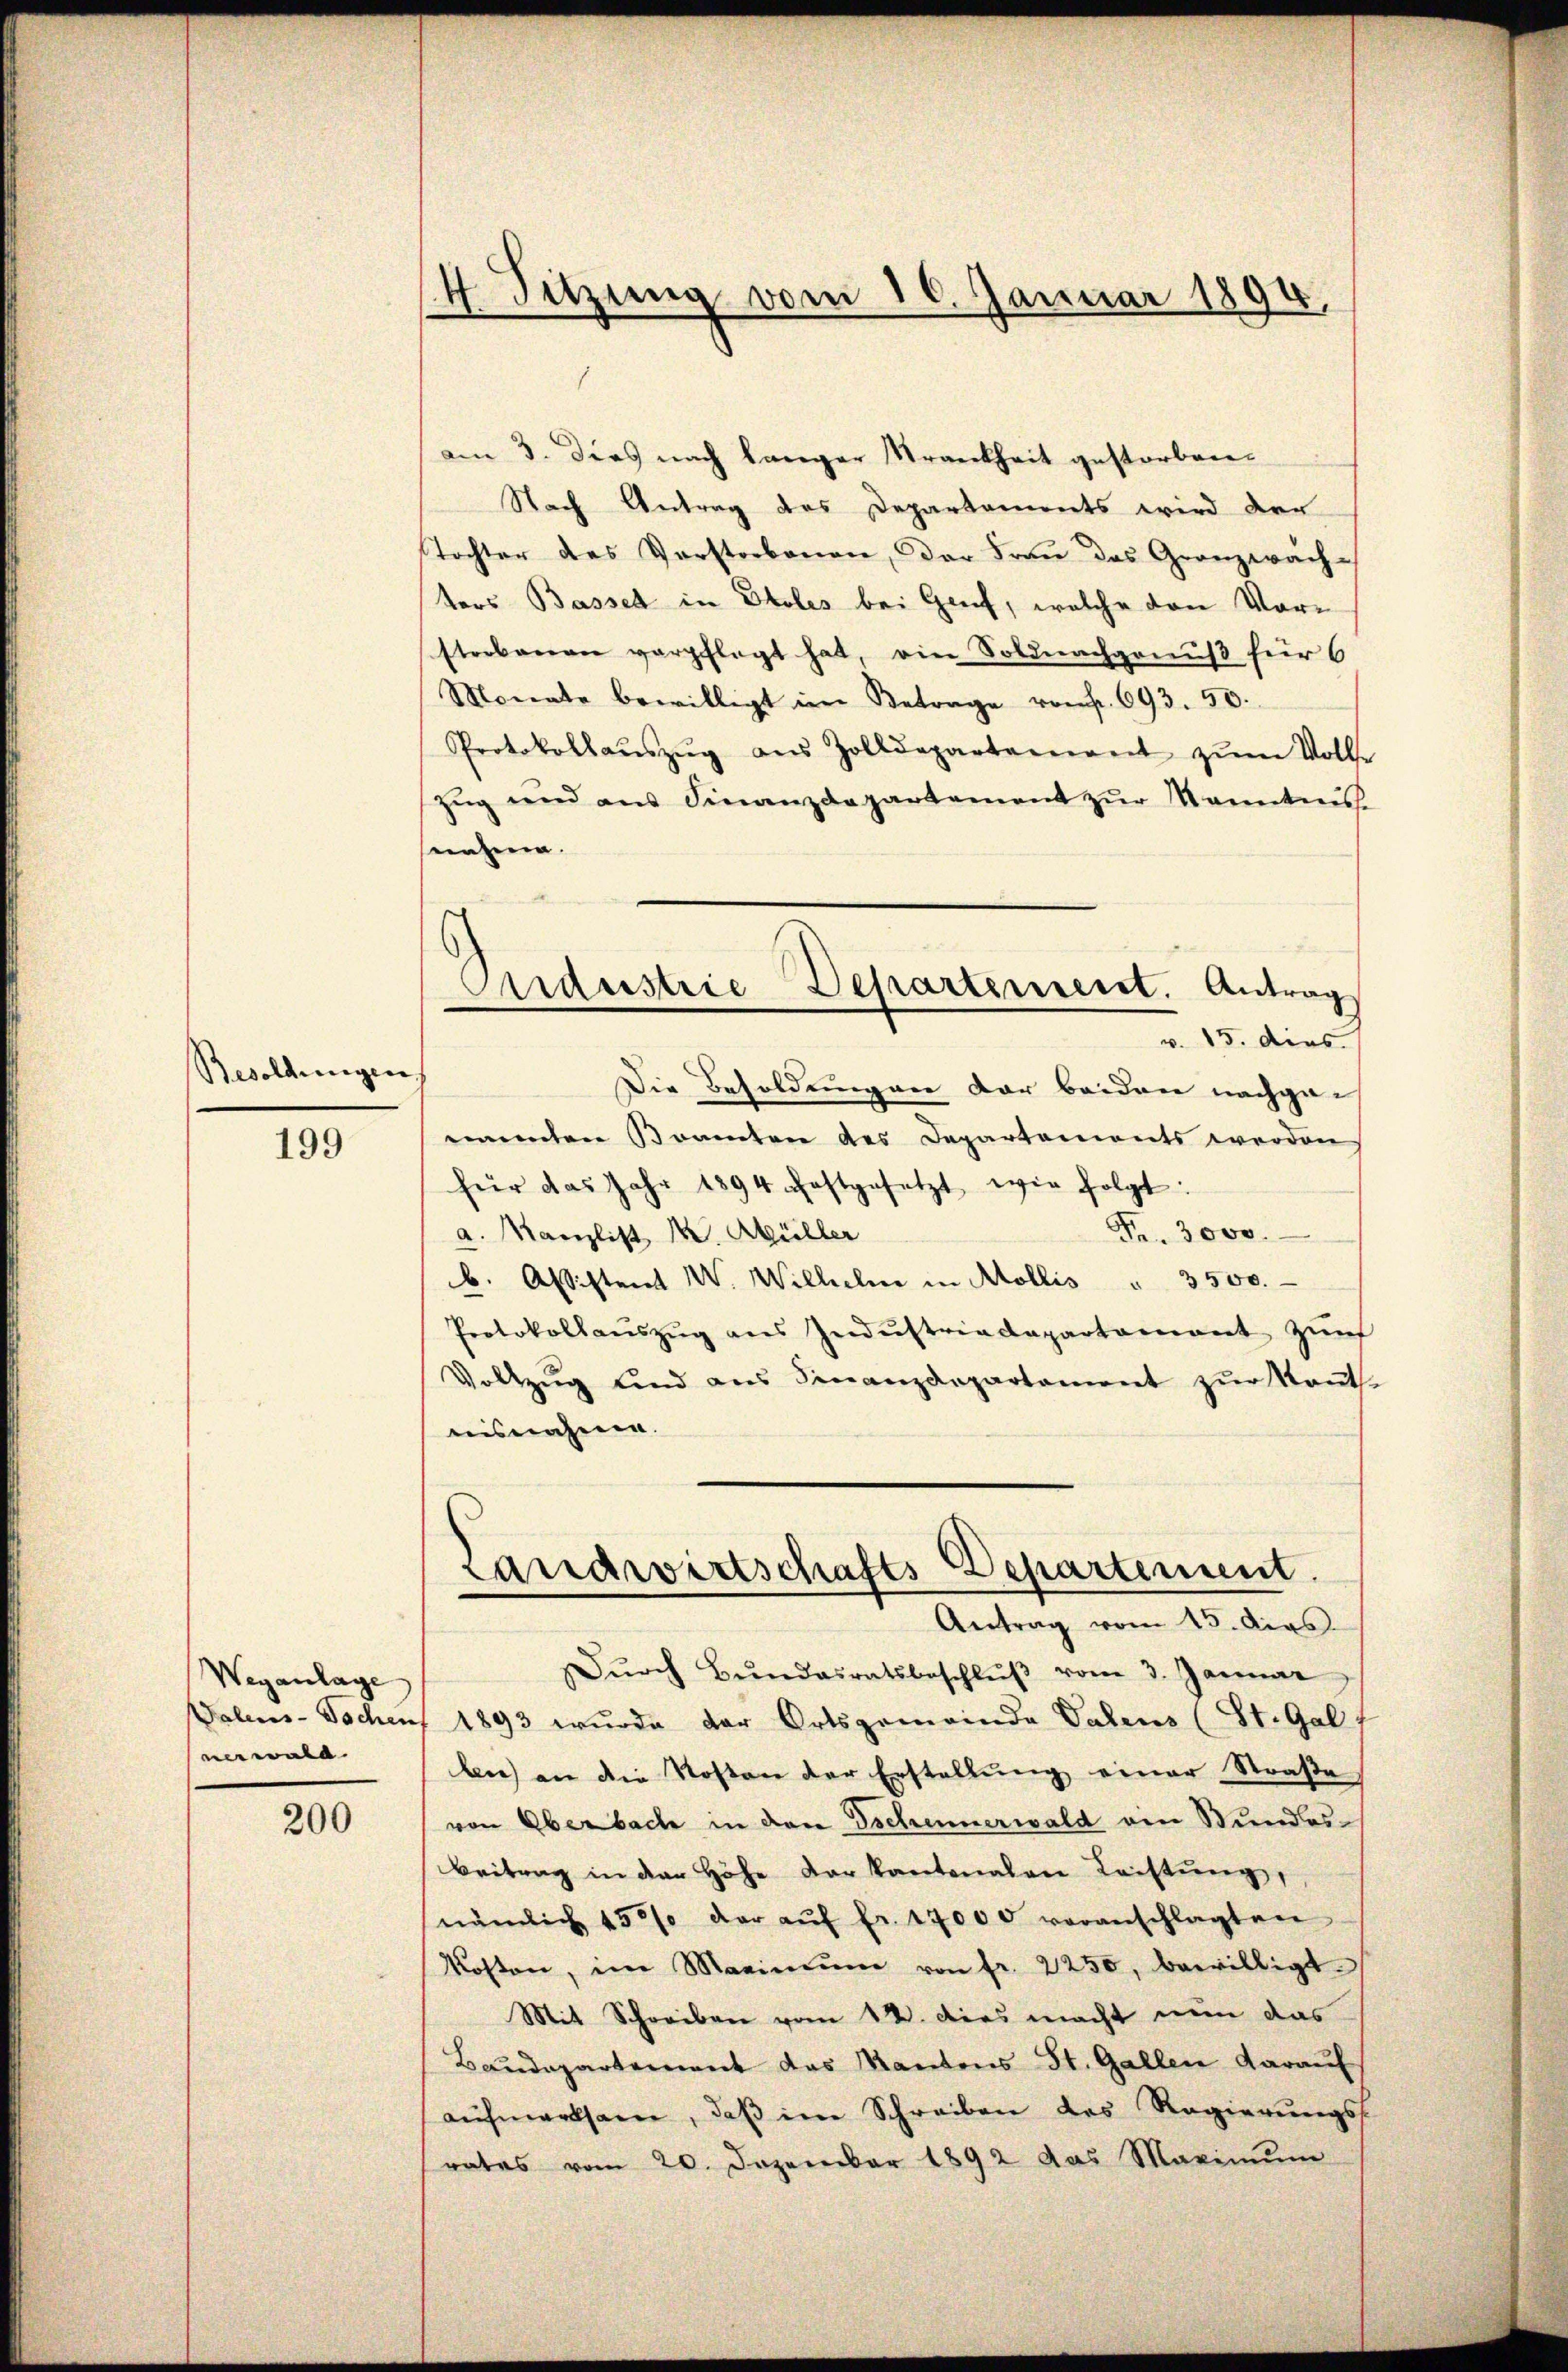
Besoldungen

199

Weganlage
nerwald.

200

4 Sitzung vom 10. Januar 1890.

am 3. Dies nach langer Krankheit gestorben.
Nach Antrag des Departaments wird der
Tochter des Vorstorbenen, der Fraŭ des Granzwach-
ters Basset in Stolis bei Greif, welche von Vorstorbenen verpflegt hat, ein Soldnachgenuß für 6
Monate bewilligt im Betrage von f. 693. 50.
Protokollaŭszŭg aŭs Zolldepartement zŭm Volle
zŭg und ans Finanzdepartement zŭr Kenntnis
senzen.
Die Besoldungen der beiden nachgan
nannten Beamten des Departements werden
für das Jahr 1894 festgesetzt wir folgt:
Fr. 3000.
a. Kanzlist W. Müller
b. Assistent W. Wilhelm in Mollis " 3500.
Protokollaŭszŭg ans Indŭstriadapartamant zŭr
Vollzug und aus Finanzdepartament zŭr Kant.
isnahme.
Landwirtschafts Departement.
Antrag vom 15. Augs
Dŭrch Bŭndesratsbeschlŭβ vom 3. Januar
Valens-Tschens 1893 wurde der Ortsgemeinde Valens (St. Gal
ben) an die Kosten der Erstellung einer Straße
von Oberbach in den Tschennerwald von Stundes¬
Beitrag in der Höhe der kantonalen Leistŭng,
nämlich 155% der aŭf fr. 17000 voranschlagten
Kosten, im Maximŭm von fr. 2250, bewilligt
Mit Schreiben vom 12. dies macht nun das
Baudepartement das Kantons St. Gallen darauf
aŭfmerksam, daβ im Schreiben des Regierungs
rates vom 20. Dezember 1892 das Maximŭm

Aardustrie Departement. Antrag
v. 15. dies